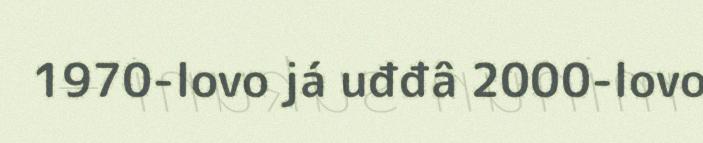
1970-lovo já uđđâ 2000-lovo